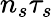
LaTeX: n_{s}\tau_{s}